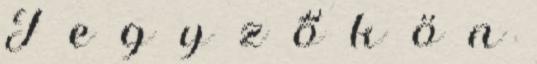
J e g y z ő k ö n